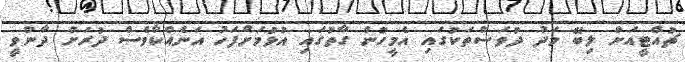
ޗުއްޓީއަށް ލިބޭ މަދު ދުވަސްތަކުގައި އެމީހުން ގާތުގައި އުޅުމަށްފަހު އަނެއްކާވެސް ދުރަށް ދާންވީ